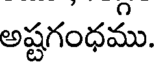
అష్టగంధము.